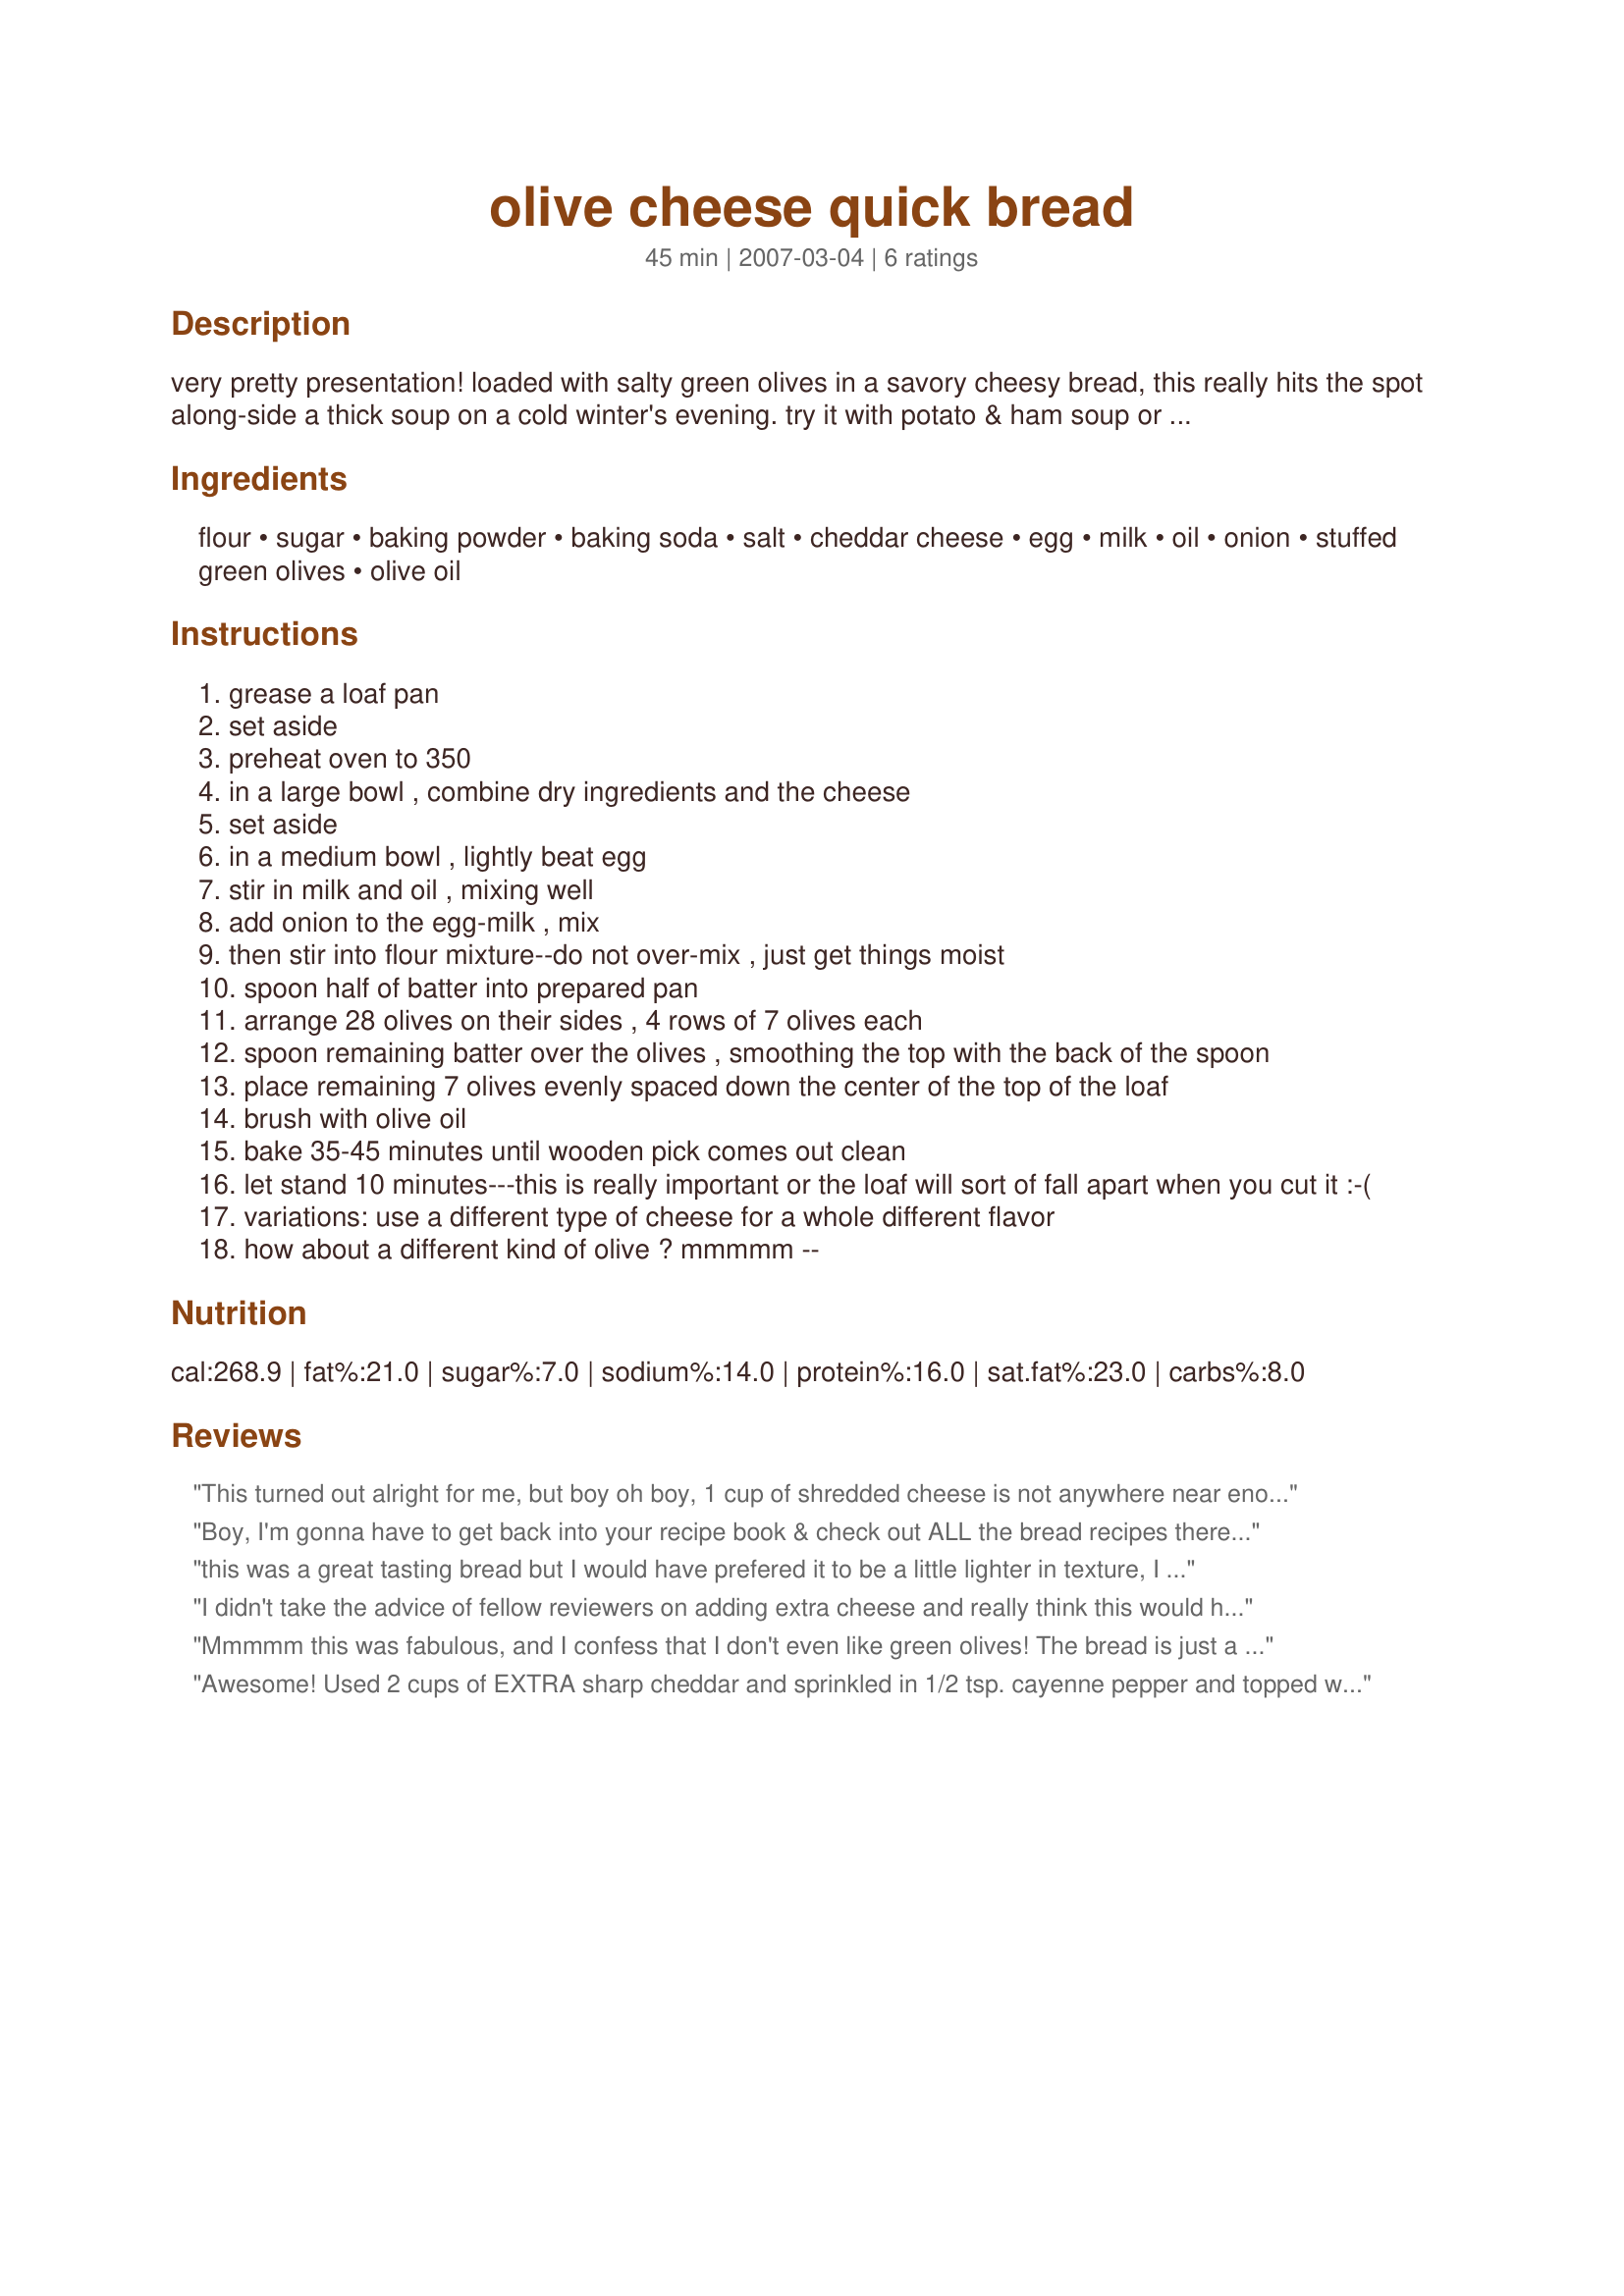
olive cheese quick bread
Preparation time: 45 minutes

very pretty presentation! loaded with salty green olives in a savory cheesy bread, this really hits the spot along-side a thick soup on a cold winter's evening. try it with potato & ham soup or clam chowder. enjoy the colors when you cut the slices!

Ingredients:
flour, sugar, baking powder, baking soda, salt, cheddar cheese, egg, milk, oil, onion, stuffed green olives, olive oil

Steps:
grease a loaf pan
set aside
preheat oven to 350
in a large bowl , combine dry ingredients and the cheese
set aside
in a medium bowl , lightly beat egg
stir in milk and oil , mixing well
add onion to the egg-milk , mix
then stir into flour mixture--do not over-mix , just get things moist
spoon half of batter into prepared pan
arrange 28 olives on their sides , 4 rows of 7 olives each
spoon remaining batter over the olives , smoothing the top with the back of the spoon
place remaining 7 olives evenly spaced down the center of the top of the loaf
brush with olive oil
bake 35-45 minutes until wooden pick comes out clean
let stand 10 minutes---this is really important or the loaf will sort of fall apart when you cut it :-(
variations: use a different type of cheese for a whole different flavor
how about a different kind of olive ? mmmmm --

Reviews:
This turned out alright for me, but boy oh boy, 1 cup of shredded cheese is not anywhere near enough.I would use around 3 or 4 next time.
Boy, I'm gonna have to get back into your recipe book & check out ALL the bread recipes there ~ This loaf of GOODNESS is just OUTSTANDING! One thing, though ~ Now that I KNOW what 35 stuffed green olives looks like in my hands, I'm NOT counting them out again! Thanks SO MUCH for posting this great recipe!
this was a great tasting bread but I would have prefered it to be a little lighter in texture, I increased the cheese by 1/2 cup and used buttermilk, thanks for sharing Debber
I didn't take the advice of fellow reviewers on adding extra cheese and really think this would have made it much better. Next time, I think I will add more cheese AND chop the olives to get the olives throughout. I wonder what it would taste like if you used 1/4 cup olive oil and not just vegetable oil.

The texture is similar to cornbread and I can imagine this would be great with chili.
Mmmmm this was fabulous, and I confess that I don't even like green olives! The bread is just a little crusty on the outside and soft and delicious on the inside. I made this with 1 cup wheat flour/1 cup white flour. I also used Cabot's 75% reduced-fat white cheddar, skim milk, and green onion. These modifications didn't seem to affect the yumminess! I agree - it would be really wonderful alongside a hearty soup, but I enjoyed it with a Greek salad. This recipe is a keeper! I want to try it with kalamata olives too!
Awesome! Used 2 cups of EXTRA sharp cheddar and sprinkled in 1/2 tsp. cayenne pepper and topped with melted butter and parmesan before baking. Also used melted butter instead of oil (blush). OH YUM! Thanks!
